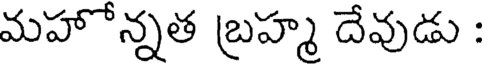
మహోన్నత బ్రహ్మ దేవుడు :